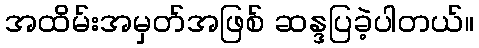
အထိမ်းအမှတ်အဖြစ် ဆန္ဒပြခဲ့ပါတယ်။